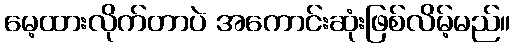
မေ့ထားလိုက်တာပဲ အကောင်းဆုံးဖြစ်လိမ့်မည်။